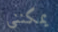
يمكنني